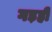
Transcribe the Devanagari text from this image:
गड़ही